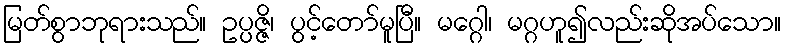
မြတ်စွာဘုရားသည်။ ဥပ္ပဇ္ဇိ၊ ပွင့်တော်မူပြီ။ မဂ္ဂေါ၊ မဂ္ဂဟူ၍လည်းဆိုအပ်သော။